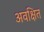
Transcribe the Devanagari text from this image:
अवक्षित